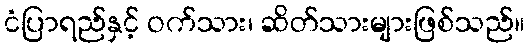
ငံပြာရည်နှင့် ဝက်သား၊ ဆိတ်သားများဖြစ်သည်။